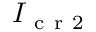
I _ { \mathrm { ~ c ~ r ~ 2 ~ } }